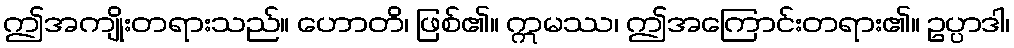
ဤအကျိုးတရားသည်။ ဟောတိ၊ ဖြစ်၏။ ဣမဿ၊ ဤအကြောင်းတရား၏။ ဥပ္ပာဒါ၊